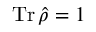
\operatorname { T r } { \hat { \rho } } = 1